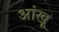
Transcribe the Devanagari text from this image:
आंखू